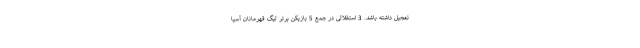
تعجیل داشته باشد. 3 استقلالی در جمع 5 بازیکن برتر لیگ قهرمانان آسیا